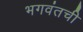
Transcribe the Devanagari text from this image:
भगवंतची